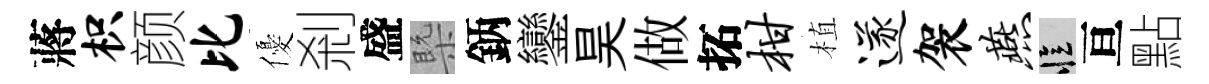
蔣枳颜比優剎盛槩鈵鑾昊做拓柑植遂袈燕忆亘點